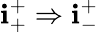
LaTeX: \mathbf{i}_{+}^{+}\Rightarrow\mathbf{i}_{-}^{+}